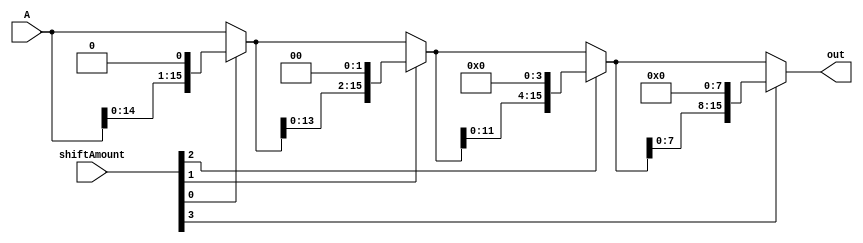
`timescale 1ns / 1ps
//////////////////////////////////////////////////////////////////////////////////
// Company: 
// Engineer: 
// 
// Design Name: 
// Module Name: SLL
// Project Name: 
// Target Devices: 
// Tool Versions: 
// Description: 
// 
// Dependencies: 
// 
// Revision:
// Revision 0.01 - File Created
// Additional Comments:
// 
//////////////////////////////////////////////////////////////////////////////////


//module SLL(s, a, b);
//    input [15:0]  a, b;
//    output [15:0] s;
//    reg [15:0] s;
//    integer i;

//    always @(a or b) begin
//        s = a;  
//        for (i = 0; i < b[3:0]; i = i + 1) begin
//            s = {s[14:0], 1'b0};  // shift left per cdo iteration
//        end
//    end
//endmodule
module SLL(
  input [15:0] A,
  input [3:0] shiftAmount,
  output reg [15:0] out
);

  always @* begin
    out = A; // Initialize out with A

    if (shiftAmount[0] == 1'b1)
      out = {out[14:0], 1'b0}; // Shift left by 1

    if (shiftAmount[1] == 1'b1)
      out = {out[13:0], 2'b00}; // Shift left by 2

    if (shiftAmount[2] == 1'b1)
      out = {out[11:0], 4'b0000}; // Shift left by 4

    if (shiftAmount[3] == 1'b1)
      out = {out[7:0], 8'b00000000}; // Shift left by 8
  end
endmodule